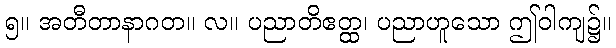
၅။ အတီတာနာဂတ။ လ။ ပညာတိဧတ္ထ၊ ပညာဟူသော ဤဝါကျ၌။